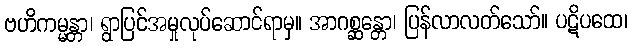
ဗဟိကမ္မန္တာ၊ ရွာပြင်အမှုလုပ်ဆောင်ရာမှ။ အာဂစ္ဆန္တော၊ ပြန်လာလတ်သော်။ ပဋိပထေ၊